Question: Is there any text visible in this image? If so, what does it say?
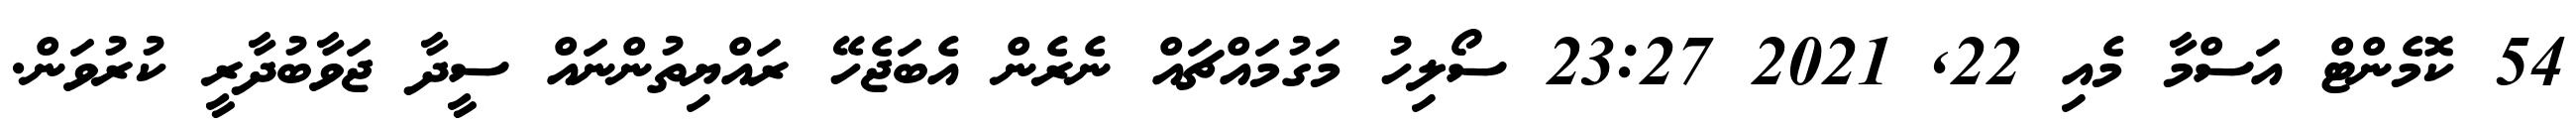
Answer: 54 ކޮމެންޓް އަސްމާ މެއި 22, 2021 23:27 ސޯލިހު މަގުމައްޗައް ނެރެން އެބަޖެހޭ ރައްޔިތުންނައް ސީދާ ޖަވާބުދާރީ ކުރުވަން.